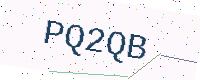
Text: PQ2QB